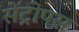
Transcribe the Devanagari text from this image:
सेंट्रोपस